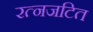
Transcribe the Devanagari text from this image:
रत्नजटित